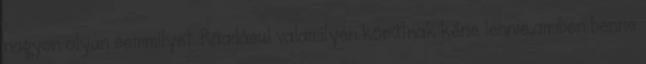
nagyon olyan semmilyet. Ráadásul valamilyen körútnak kéne lennie,amiben benne